Annual returns of the Patna Lunatic Asylum at Bankipore in Bihar and Orissa - 1912-1924
Year: 1912
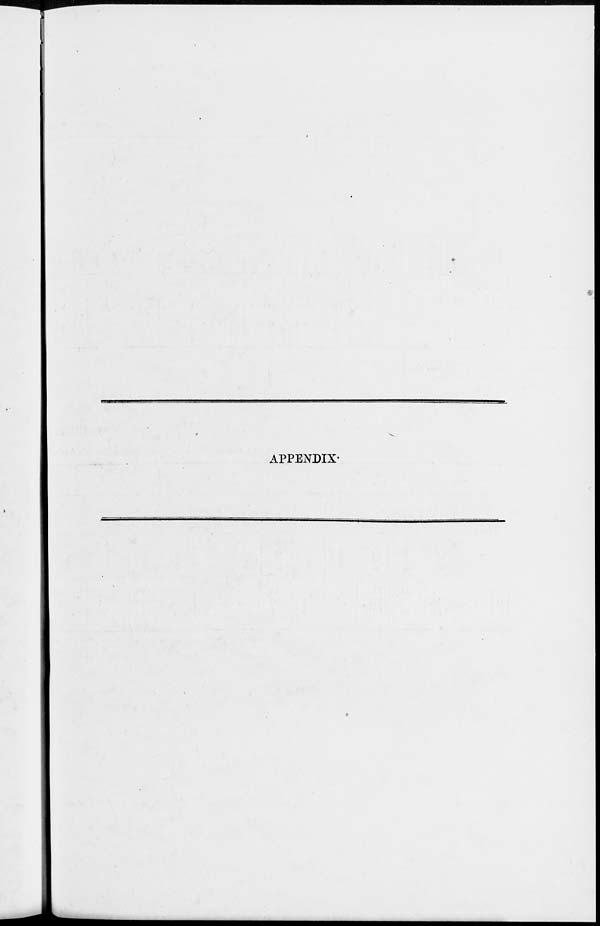
APPENDIX.